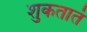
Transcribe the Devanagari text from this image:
शुकतातं